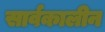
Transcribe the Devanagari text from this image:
सार्वकालीन